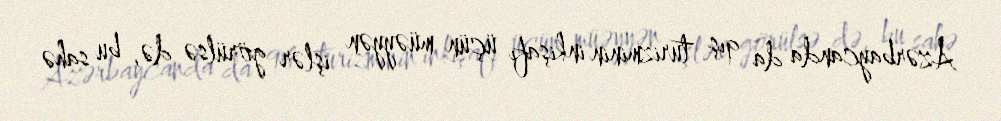
Azərbaycanda da qış turizminin inkişafı üçün müəyyən işlər görülsə də, bu sahə